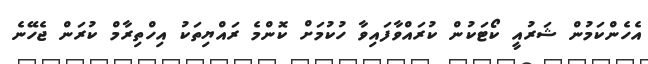
އެހެންކަމުން ޝަރުއީ ކޯޓަކުން ކުރައްވާފައިވާ ހުކުމަށް ކޮންމެ ރައްޔިތަކު އިހްތިރާމް ކުރަން ޖެހޭނެ